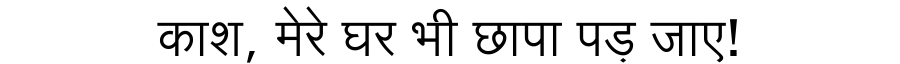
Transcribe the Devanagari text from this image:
काश, मेरे घर भी छापा पड़ जाए!